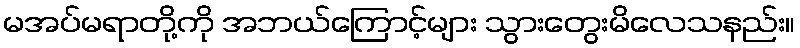
မအပ်မရာတို့ကို အဘယ်ကြောင့်များ သွားတွေးမိလေသနည်း။